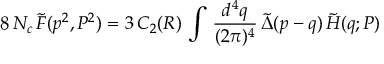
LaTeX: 8 \, N _ { c } \, \tilde { F } ( p ^ { 2 } , P ^ { 2 } ) = 3 \, C _ { 2 } ( R ) \, \int \, \frac { d ^ { 4 } q } { ( 2 \pi ) ^ { 4 } } \, \tilde { \Delta } ( p - q ) \, \tilde { H } ( q ; P )